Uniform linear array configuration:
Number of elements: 32
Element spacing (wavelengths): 1
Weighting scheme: exponential
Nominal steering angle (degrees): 30
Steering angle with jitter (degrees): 28.685
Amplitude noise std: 0.05
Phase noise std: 0.05

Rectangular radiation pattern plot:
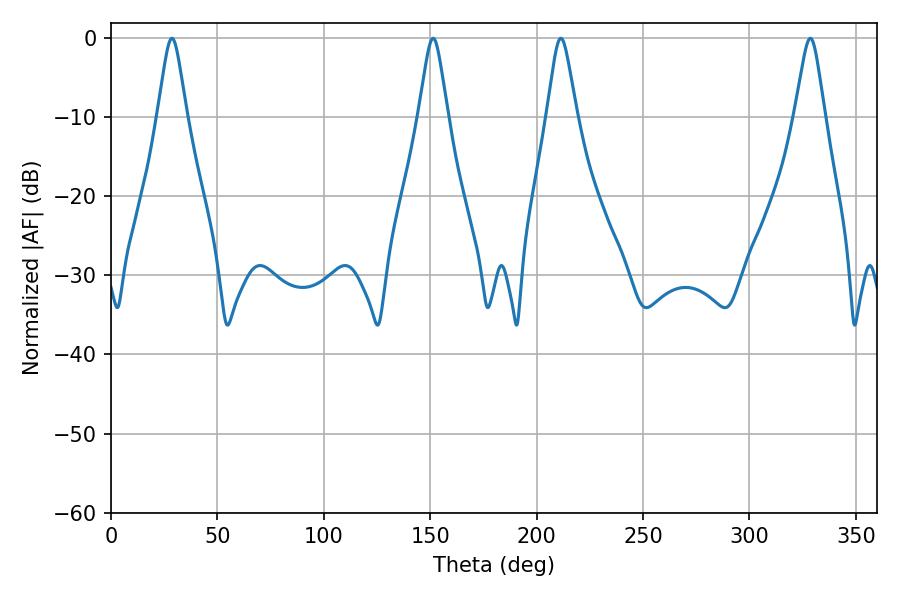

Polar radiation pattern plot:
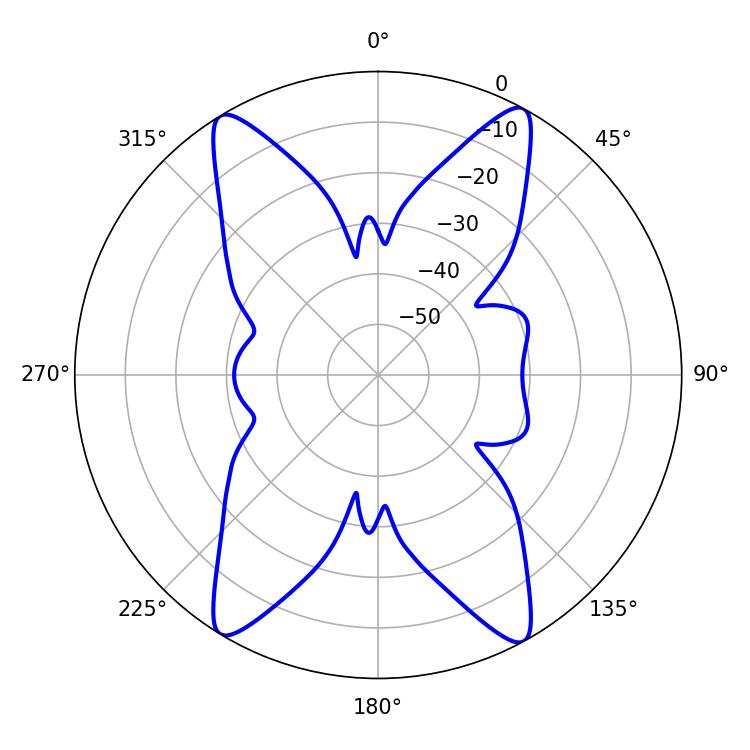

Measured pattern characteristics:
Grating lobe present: TRUE
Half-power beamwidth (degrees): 6.48
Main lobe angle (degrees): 28.62